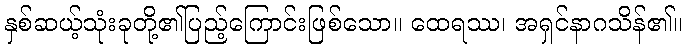
နှစ်ဆယ့်သုံးခုတို့၏ပြည့်ကြောင်းဖြစ်သော။ ထေရဿ၊ အရှင်နာဂသိန်၏။